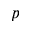
p